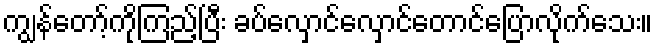
ကျွန်တော့်ကိုကြည့်ပြီး ခပ်လှောင်လှောင်တောင်ပြောလိုက်သေး။